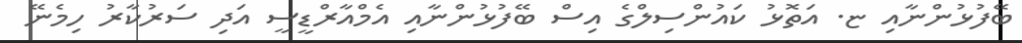
ބޭފުޅުންނާއި ޏ. އަތޮޅު ކައުންސިލްގެ އިސް ބޭފުޅުންނާއި އެމްއާރްޑީސީ އަދި ސަރުކާރު ހިމެނޭ